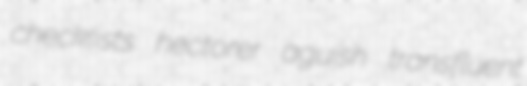
checklists hectorer aguish transfluent